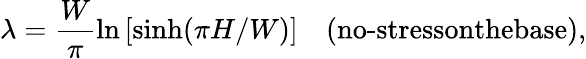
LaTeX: \lambda=\frac{W}{\pi}\ln\left[{\sinh(\pi H/W)}\right]\quad(\textrm{no-stressonthebase}),